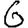
Digit: 6